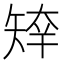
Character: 𥏣